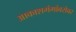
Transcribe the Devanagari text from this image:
आकाशगंगांबरोबर